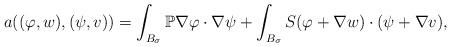
LaTeX: \begin{align*} a((\varphi,w), (\psi,v))= \int_{B_\sigma} \mathbb P \nabla \varphi \cdot \nabla \psi + \int_{B_\sigma} S(\varphi +\nabla w)\cdot (\psi + \nabla v),\end{align*}